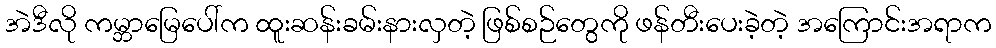
အဲဒီလို ကမ္ဘာမြေပေါ်က ထူးဆန်းခမ်းနားလှတဲ့ ဖြစ်စဉ်တွေကို ဖန်တီးပေးခဲ့တဲ့ အကြောင်းအရာက